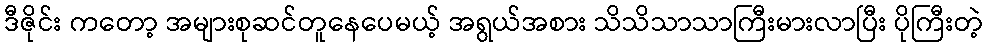
ဒီဇိုင်း ကတော့ အများစုဆင်တူနေပေမယ့် အရွယ်အစား သိသိသာသာကြီးမားလာပြီး ပိုကြီးတဲ့